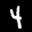
Label: 4